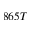
8 6 5 T